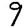
Digit: 9